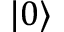
| 0 \rangle